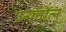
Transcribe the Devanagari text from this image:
उन्क्नोत्न्